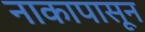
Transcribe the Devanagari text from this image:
नाकापासून